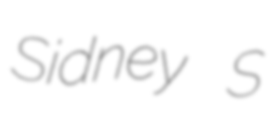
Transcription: Sidney S